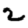
Digit: 2